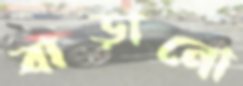
বাড়ানো